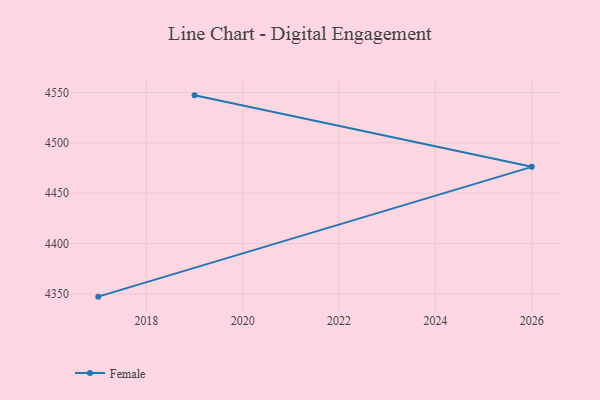
{"axis": {"x": "Year", "y": "Latency (ms)"}, "legend": ["Female"], "data": [{"x": "2019", "y": 4547.2, "type": "Female"}, {"x": "2026", "y": 4476.2, "type": "Female"}, {"x": "2017", "y": 4347.3, "type": "Female"}]}